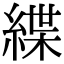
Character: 緤